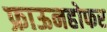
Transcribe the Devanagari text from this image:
फ्राऊनहोफर